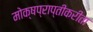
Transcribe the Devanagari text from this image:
मोक्षप्राप्तीकरीता